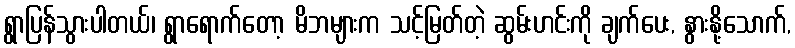
ရွာပြန်သွားပါတယ်၊ ရွာရောက်တော့ မိဘများက သင့်မြတ်တဲ့ ဆွမ်းဟင်းကို ချက်ပေး, နွားနို့သောက်,